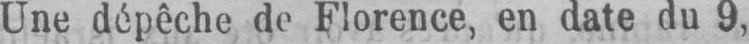
Une dépêche de Florence, en date du 9,